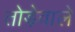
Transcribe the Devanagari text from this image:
तोड़ेवाले